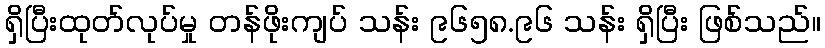
ရှိပြီးထုတ်လုပ်မှု တန်ဖိုးကျပ် သန်း ၉၆၅၈.၉၆ သန်း ရှိပြီး ဖြစ်သည်။